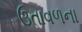
ઉતાવળના